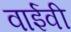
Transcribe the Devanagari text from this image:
वाईवी